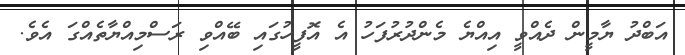
އަބްދު ޔާމީން ދެއްވީ އިއްޔެ މެންދުރުފަހު އެ އޮފީހުގައި ބޭއްވި ރަސްމިއްޔާތެއްގަ އެވެ.